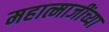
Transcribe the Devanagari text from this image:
महात्माजींच्या